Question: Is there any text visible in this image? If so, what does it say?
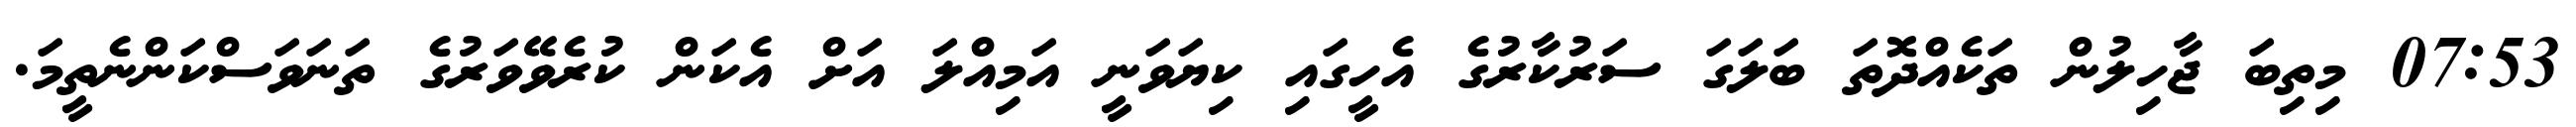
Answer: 07:53 މިތިބަ ޖާހިލުން ތަކެއްދޮތަ ބަލަގަ ސަރުކާރުގެ އެހީގައި ކިޔަވަނީ އަމިއްލަ އަށް އެކަން ކުރެވޭވަރުގެ ތަނަވަސްކަންނެތީމަ.